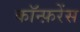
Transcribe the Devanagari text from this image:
काॅन्फ़रेंस